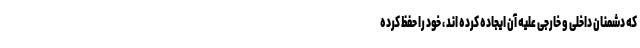
که دشمنان داخلی و خارجی علیه آن ایجاده کرده اند ، خود را حفظ کرده